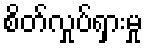
စိတ်လှုပ်ရှားမှု